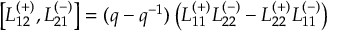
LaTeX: \left[ L _ { 1 2 } ^ { ( + ) } , L _ { 2 1 } ^ { ( - ) } \right] = ( q - q ^ { - 1 } ) \left( L _ { 1 1 } ^ { ( + ) } L _ { 2 2 } ^ { ( - ) } - L _ { 2 2 } ^ { ( + ) } L _ { 1 1 } ^ { ( - ) } \right)